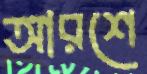
আরশে